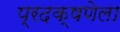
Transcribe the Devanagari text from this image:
प्रदक्षणेला